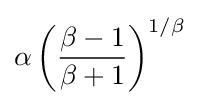
\alpha \left({\frac {\beta -1}{\beta +1}}\right)^{1/\beta }